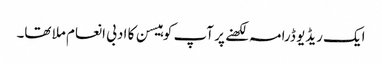
ایک ریڈیو ڈرامہ لکھنے پر آپ کو ہیسن کا ادبی انعام ملا تھا۔